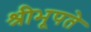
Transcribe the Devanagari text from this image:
श्रीभूपते